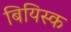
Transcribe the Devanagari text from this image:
बियिस्क